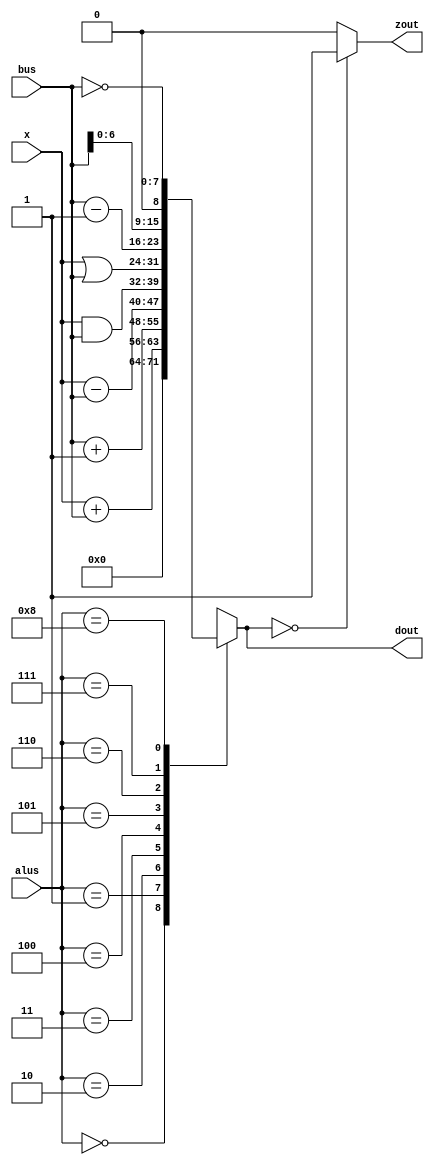
/*xRsbusRd*/
module alu(alus,x, bus, dout,zout);
input [7:0]x,bus;
input[3:0]alus;	//8
output reg[7:0] dout;
output reg zout;
always@(*)
begin
	case(alus)
		4'b0000:	dout = 8'b00000000;
		4'b0001:	dout = x + bus;
		4'b0010:	dout = bus + 8'b00000001;
		4'b0011:	dout = x - bus;
		4'b0100:	dout = x & bus;
		4'b0101:	dout = x | bus;
		4'b0110:	dout = bus - 8'b00000001;
		4'b0111:	dout = bus<<1;
		4'b1000: dout = ~bus;
		default:dout = 8'bx;
	endcase
if(dout==8'b00000000)
	zout<=1;
else
	zout<=0;
end
endmodule